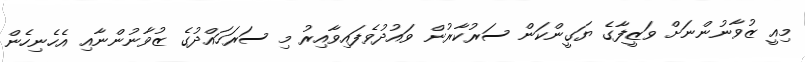
މިއީ ޒުވާނުންނަށް ވަޒީފާގެ ޔަގީންކަން ސަރުކާރުން ވައުދުވެފައިވާއިރު މި ސަރަހައްދުގެ ޒުވާނުންނާއި އެހެނިހެން